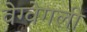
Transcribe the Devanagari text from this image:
वेग्वेगली